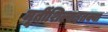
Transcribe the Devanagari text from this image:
मूर्तीशिल्पाइतक्या